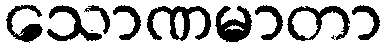
သောဏမာတာ